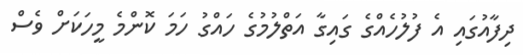
ދިފާއުގައި އެ ފުލުހެއްގެ ގައިގާ އަތްލުމުގެ ހައްގު ހަމަ ކޮންމެ މީހަކަށް ވެސް